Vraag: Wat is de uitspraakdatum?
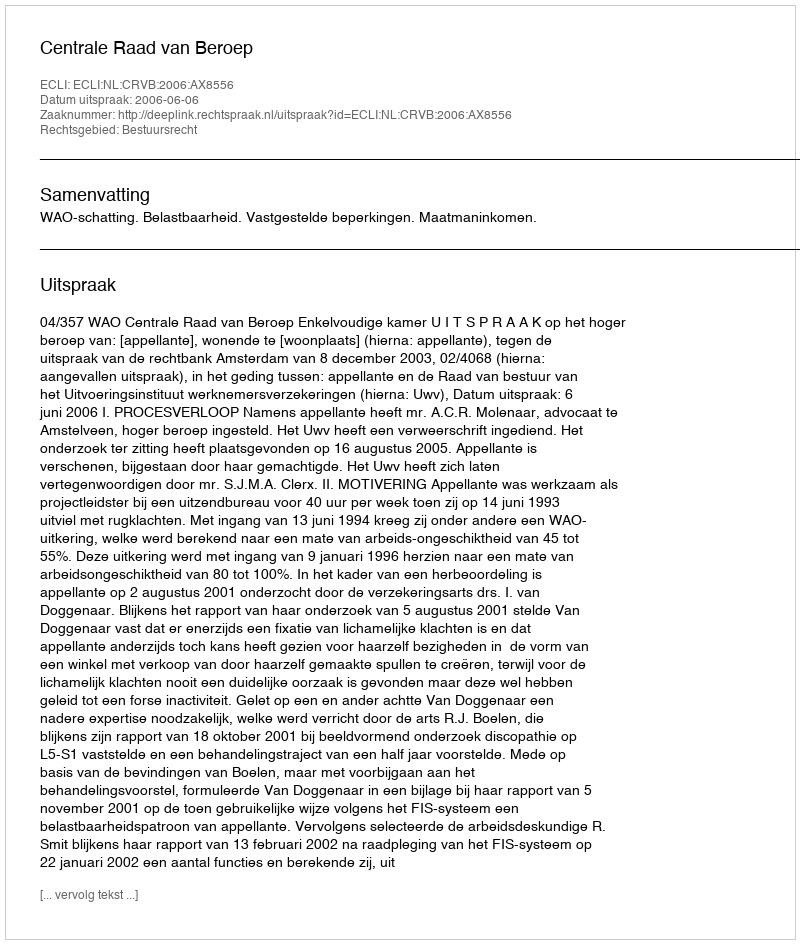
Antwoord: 2006-06-06